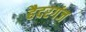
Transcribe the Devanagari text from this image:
हैदरगंज